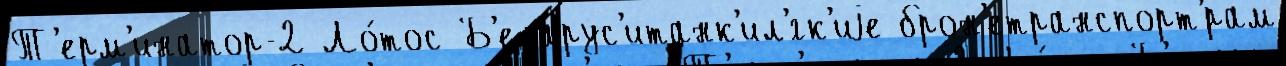
Т'ерм'инатор-2 Ло́тос Б'еларус'итанк'ил'́гк'иjе брон'етранспорт'́рам